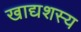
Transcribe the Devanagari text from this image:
खाद्यशस्य